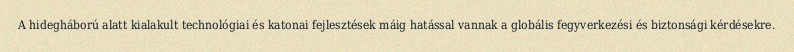
A hidegháború alatt kialakult technológiai és katonai fejlesztések máig hatással vannak a globális fegyverkezési és biztonsági kérdésekre.